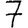
Digit: 7